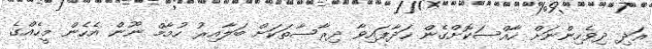
އަދި ދިވެހިންނަށް ހާއްސަކޮށްގެން ހަދާފައިވާ ދިރާސާތަކަށް ބަލާއިރު ހުމާމް ނޫން އެހެން މީހެއްގެ